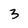
Character: 3